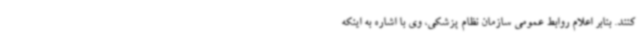
کنند. بنابر اعلام روابط عمومی سازمان نظام پزشکی، وی با اشاره به اینکه